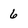
Character: 6